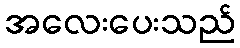
အလေးပေးသည်